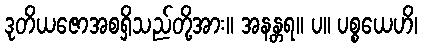
ဒုတိယဇောအစရှိသည်တို့အား။ အနန္တရ။ ပ။ ပစ္စယေဟိ၊